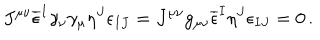
J ^ { \mu \nu } \overline { { { \epsilon } } } ^ { I } \gamma _ { \nu } \gamma _ { \mu } \eta ^ { J } \epsilon _ { I J } = J ^ { \mu \nu } g _ { \mu \nu } \overline { { { \epsilon } } } ^ { I } \eta ^ { J } \epsilon _ { I J } = 0 \, .